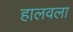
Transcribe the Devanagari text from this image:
हालवला